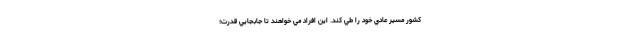
كشور مسير عادي خود را طي كند. اين افراد مي خواهند تا جابجايي قدرت؛